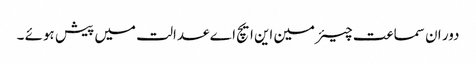
دور ان سماعت چیئرمین این ایچ اے عدالت میں پیش ہوئے ۔